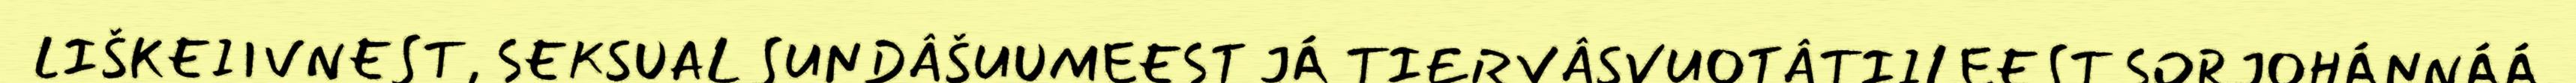
LIŠKEIIVNEST, SEKSUAL SUNDÂŠUUMEEST JÁ TIERVÂSVUOTÂTIILEEST SORJOHÁNNÁÁ.